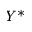
Y ^ { * }